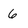
Character: 6